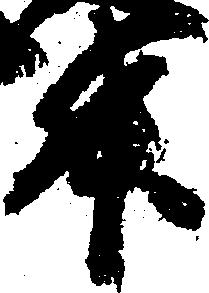
升